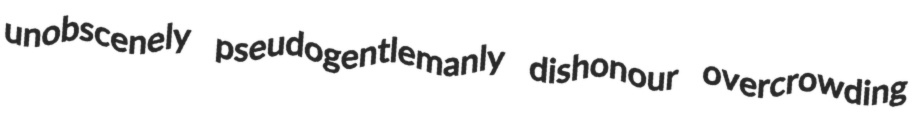
unobscenely pseudogentlemanly dishonour overcrowding